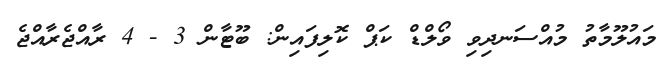
މައުލޫމާތު މުއްސަނދިވި ވޯލްޑް ކަޕް ކޮލިފައިން: ބޫޓާން 3 - 4 ރާއްޖެރާއްޖެ